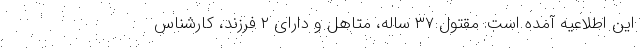
این اطلاعیه‌ آمده است: مقتول ۳۷ ساله، متاهل و دارای ۲ فرزند، کارشناس